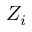
Z _ { i }